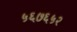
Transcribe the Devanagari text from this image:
५६७६५२